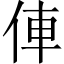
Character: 俥